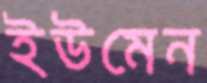
ইউমেন